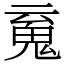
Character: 䰟